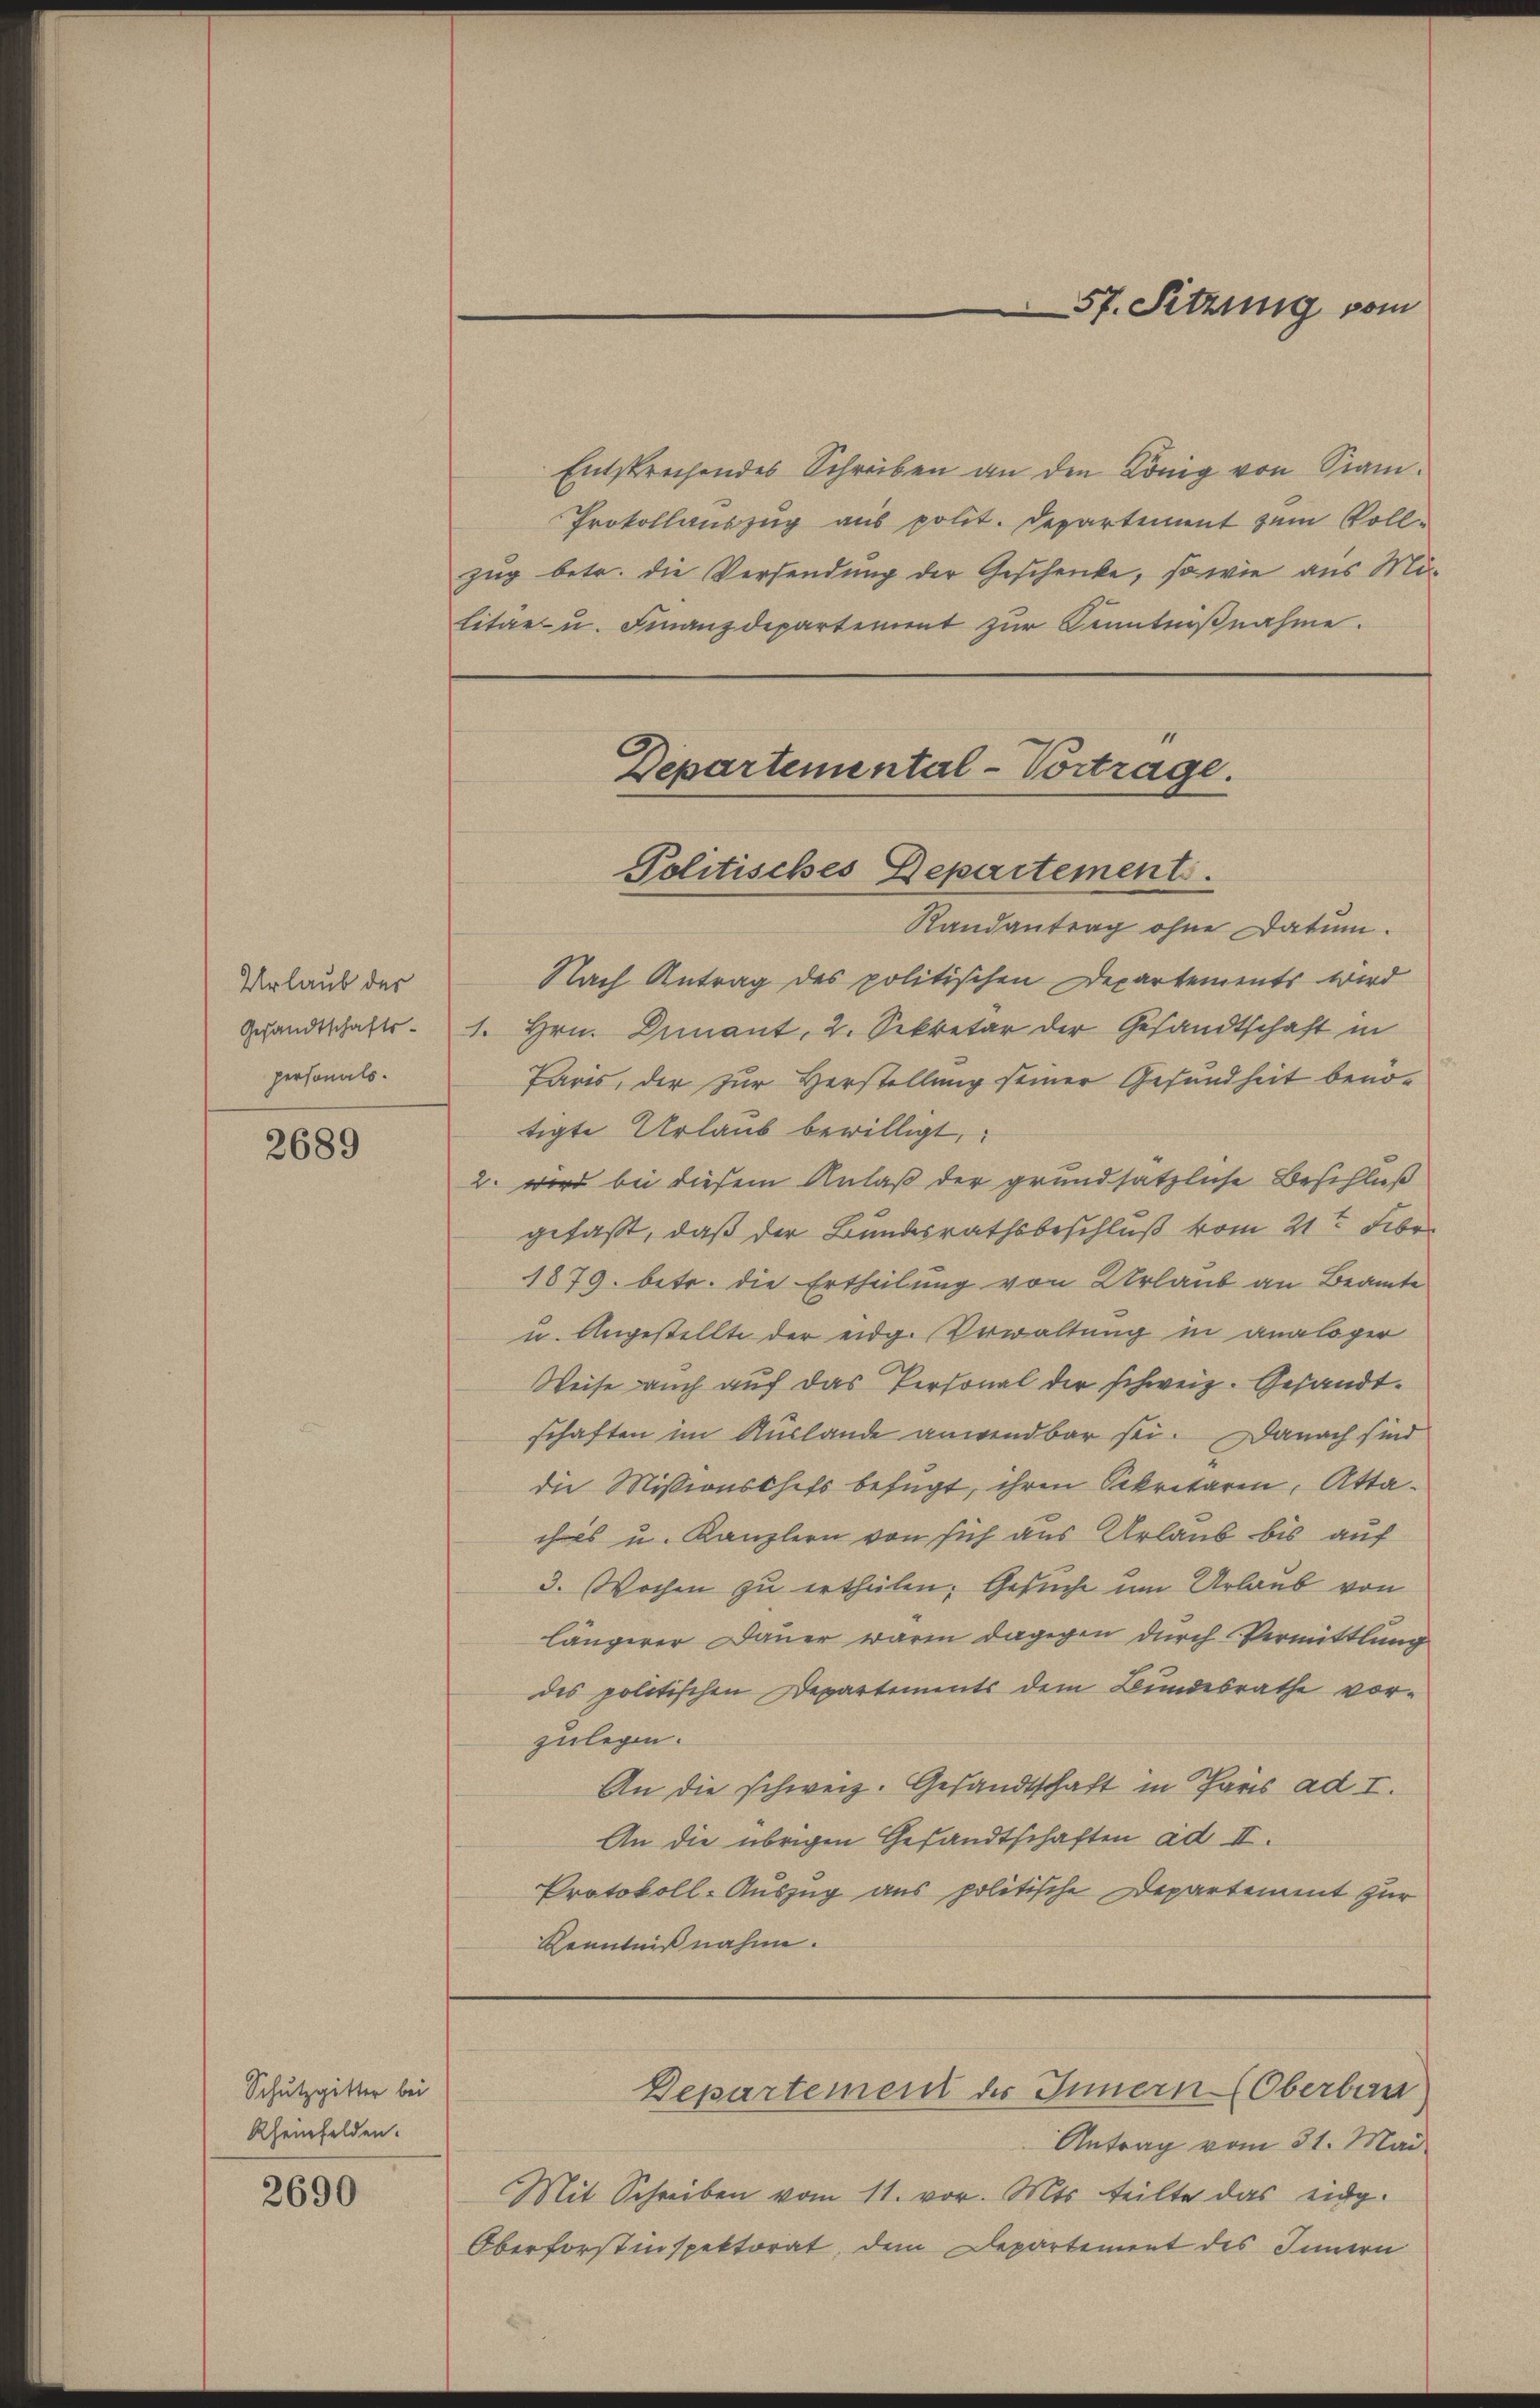
Urlaub der
Gesandtschafts-
personals.

2689

Schutzgitter bei
Rheinfelden.
2690

Entsprechendes Schreiben an den König von Sam¬
Prokollauszug aus polit. Departement zum Voll-
zug betr. die Versendung der Geschenke, so wie aus Militar u. Finanzdepartement zŭr Sonntniβnahme.

Departemental-Vortrage.
Politisches Departement.

Randantrag ohne Datum.
Nach Antrag des politischen Departements wird
1. Hrn. Denant, 2. Sekretär der Gesandtschaft in
Paris, der zur Herstellung seiner Gesundheit benotigte Urlaub bewilligt,
2. wird bei diesem Anlaß der grundsätzliche Beschluß
gefaßt, daß der Bundesrathsbeschluß vom 21t Febr.
1879. betr. die Ertheilung von Urlaub an Beamte
u. Angestellte der eidg. Verwaltung in analoger
Weise auch auf das Personal der schweiz. Gesandtschaften im Auslande anwendbar sei. Danach sind
die Missionschefs befügt, ihren Sekretären, Attaches u. Kanzlern von sich aus Urlaub bis auf
3. Wochen zu ertheilen; Gesuche um Urlaub von
längerer Dauer waren dagegen durch Vermittlung
des politischen Departements dem Bundesrathe vorzulegen.
An die schweiz. Gesandtschaft in Paris ad I.
An die übrigen Gesandtschaften ad II.
Protokoll-Auszug aus politische Departement zur
Kenntnißnahme.

57. Setzung vom

Antrag vom 31. Mai.
Mit Schreiben vom 11. vor. Mts. teilte das eidg.
Oberforstinspektorat, dem Departement des Innern

Departement des Innern (Oberbau